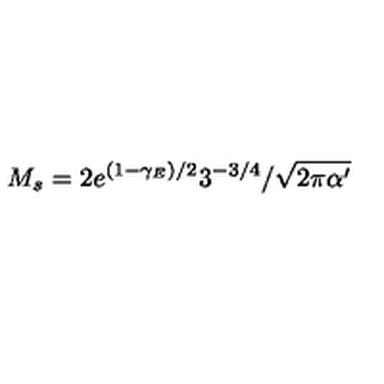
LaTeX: M _ { s } = { 2 e ^ { ( 1 - \gamma _ { E } ) / 2 } 3 ^ { - 3 / 4 } } / { \sqrt { 2 \pi \alpha ^ { \prime } } }